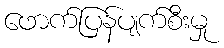
ဖောက်ပြန်ပျက်စီးမှု